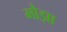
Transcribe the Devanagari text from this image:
मौझा